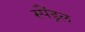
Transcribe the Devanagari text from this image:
स्पैंड्रल